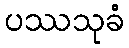
ပဿသုခံ